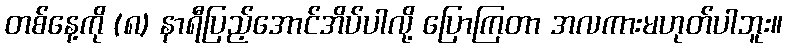
တစ်နေ့ကို (၈) နာရီပြည့်အောင်အိပ်ပါလို့ ပြောကြတာ အလကားမဟုတ်ပါဘူး။